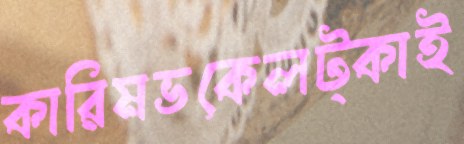
কারিমভকেলট্‌কাই